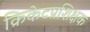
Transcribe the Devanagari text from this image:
क्रिकेटप्रशिक्षक